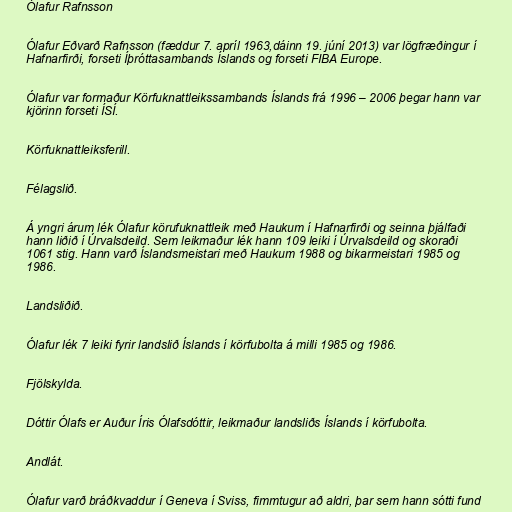
Ólafur Rafnsson

Ólafur Eðvarð Rafnsson (fæddur 7. apríl 1963,dáinn 19. júní 2013) var lögfræðingur í
Hafnarfirði, forseti Íþróttasambands Íslands og forseti FIBA Europe.

Ólafur var formaður Körfuknattleikssambands Íslands frá 1996 – 2006 þegar hann var
kjörinn forseti ÍSÍ.

Körfuknattleiksferill.

Félagslið.

Á yngri árum lék Ólafur körufuknattleik með Haukum í Hafnarfirði og seinna þjálfaði
hann liðið í Úrvalsdeild. Sem leikmaður lék hann 109 leiki í Úrvalsdeild og skoraði
1061 stig. Hann varð Íslandsmeistari með Haukum 1988 og bikarmeistari 1985 og
1986.

Landsliðið.

Ólafur lék 7 leiki fyrir landslið Íslands í körfubolta á milli 1985 og 1986.

Fjölskylda.

Dóttir Ólafs er Auður Íris Ólafsdóttir, leikmaður landsliðs Íslands í körfubolta.

Andlát.

Ólafur varð bráðkvaddur í Geneva í Sviss, fimmtugur að aldri, þar sem hann sótti fund